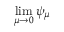
\operatorname* { l i m } _ { \mu \to 0 } \psi _ { \mu }